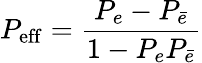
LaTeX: P_{\mathrm{eff}}=\frac{P_{e}-P_{\bar{e}}}{1-P_{e}P_{\bar{e}}}